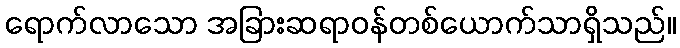
ရောက်လာသော အခြားဆရာဝန်တစ်ယောက်သာရှိသည်။